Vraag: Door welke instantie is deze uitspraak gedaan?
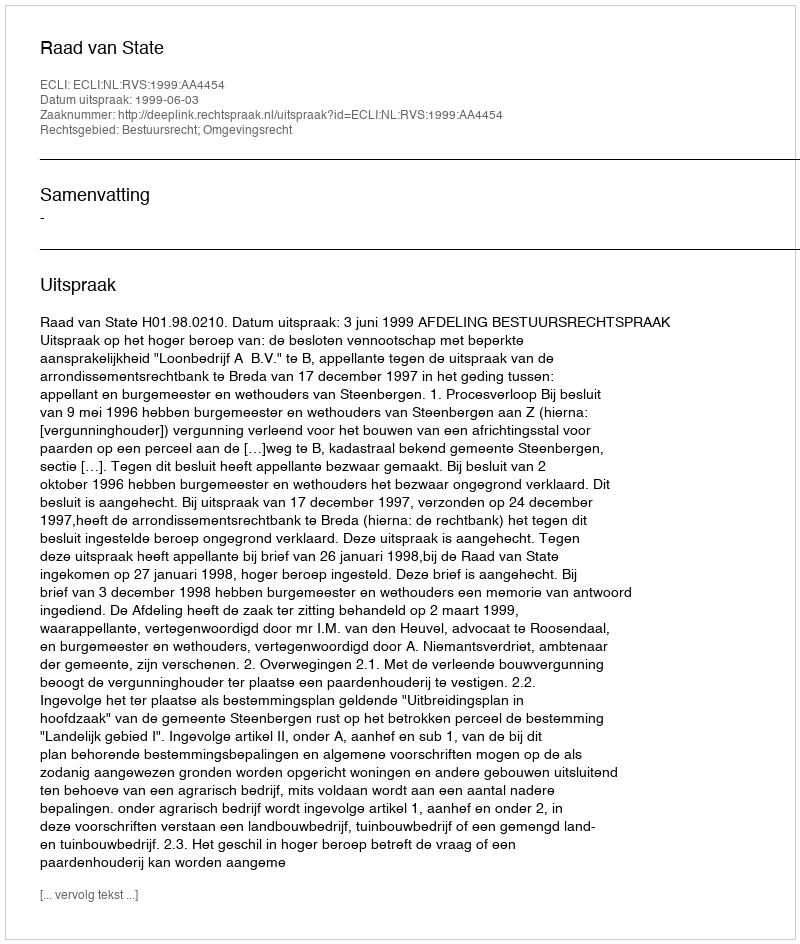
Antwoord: Raad van State